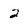
Character: 2